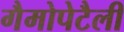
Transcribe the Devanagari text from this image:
गैमोपेटैली